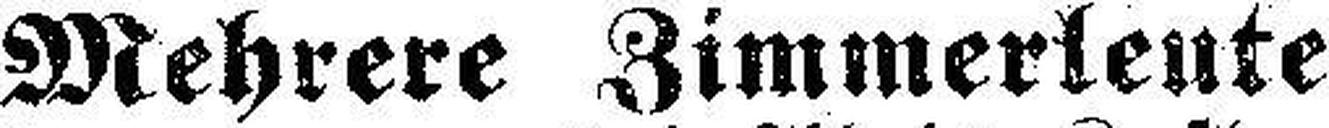
Mehrere Zimmerleute